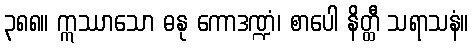
၃၈၈။ ဣဿာသော ဓနု ကောဒဏ္ဍံ၊ စာပေါ နိတ္ထီ သရာသနံ။